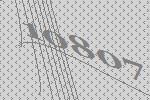
10807